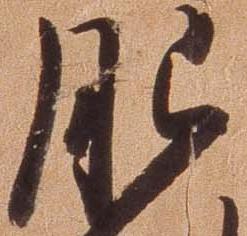
肥